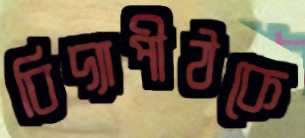
বিদ্যাপীঠকে